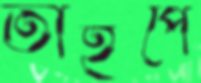
তাইপে